Indian journal of veterinary science and animal husbandry - Volumes 15-17, 1948-1951
Year: 1948
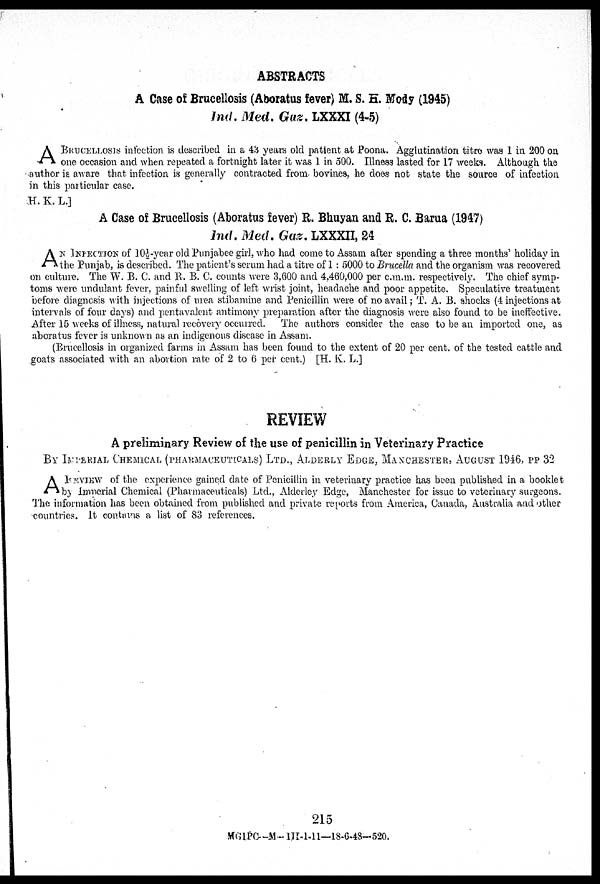
ABSTRACTS
A Case of Brucellosis (Aboratus fever) M. S. H. Mody (1945)
Ind. Med. Gaz. LXXXI (4-5)
A BRUCELLOSIS infection is described in a 43 years old patient at Poona. Agglutination titre was 1 in 200 on
one occasion and when repeated a fortnight later it was 1 in 500. Illness lasted for 17 weeks. Although the
author is aware that infection is generally contracted from, bovines, he does not state the source of infection
in this particular case.
H. K. L.]
A Case of Brucellosis (Aboratus fever) R. Bhuyan and R. C. Barua (1947)
Ind. Med. Gaz. LXXXII, 24
A N INFECTION of 10½ year old Punjabee girl, who had come to Assam after spending a three months' holiday in
the Punjab, is described. The patient's serum had a titre of 1: 5000 to Brucella and the organism was recovered
on culture. The W. B. C. and R. B. C. counts were 3,600 and 4,460,000 per c.m.m. respectively. The chief symp-
toms were undulant fever, painful swelling of left wrist joint, headache and poor appetite. Speculative treatment
before diagnosis with injections of urea stibamine and Penicillin were of no avail; T. A. B. shocks (4 injections at
intervals of four days) and pentavalent antimony preparation after the diagnosis were also found to be ineffective.
After 15 weeks of illness, natural recovery occurred. The authors consider the case to be an imported one, as
aboratus fever is unknown as an indigenous disease in Assam.
(Brucellosis in organized farms in Assam has been found to the extent of 20 per cent. of the tested cattle and
goats associated with an abortion rate of 2 to 6 per cent.) [H. K. L.]
REVIEW
A preliminary Review of the use of penicillin in Veterinary Practice
BY IMPERIAL CHEMICAL (PHARMACEUTICALS) LTD., ALDERLY EDGE, MANCHESTER, AUGUST 1946, PP 32
A REVIEW of the experience gained date of Penicillin in veterinary practice has been published in a booklet
by Imperial Chemical (Pharmaceuticals) Ltd., Alderley Edge, Manchester for issue to veterinary surgeons.
The information has been obtained from published and private reports from America, Canada, Australia and other
countries. It contains a list of 83 references.
215
MGIPC—M—III-1-11—18-6-48—520.